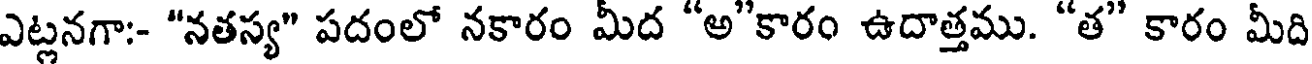
ఎట్లనగా:- "నతస్య" పదంలో నకారం మీద "అ"కారం ఉదాత్తము. "త" కారం మీది